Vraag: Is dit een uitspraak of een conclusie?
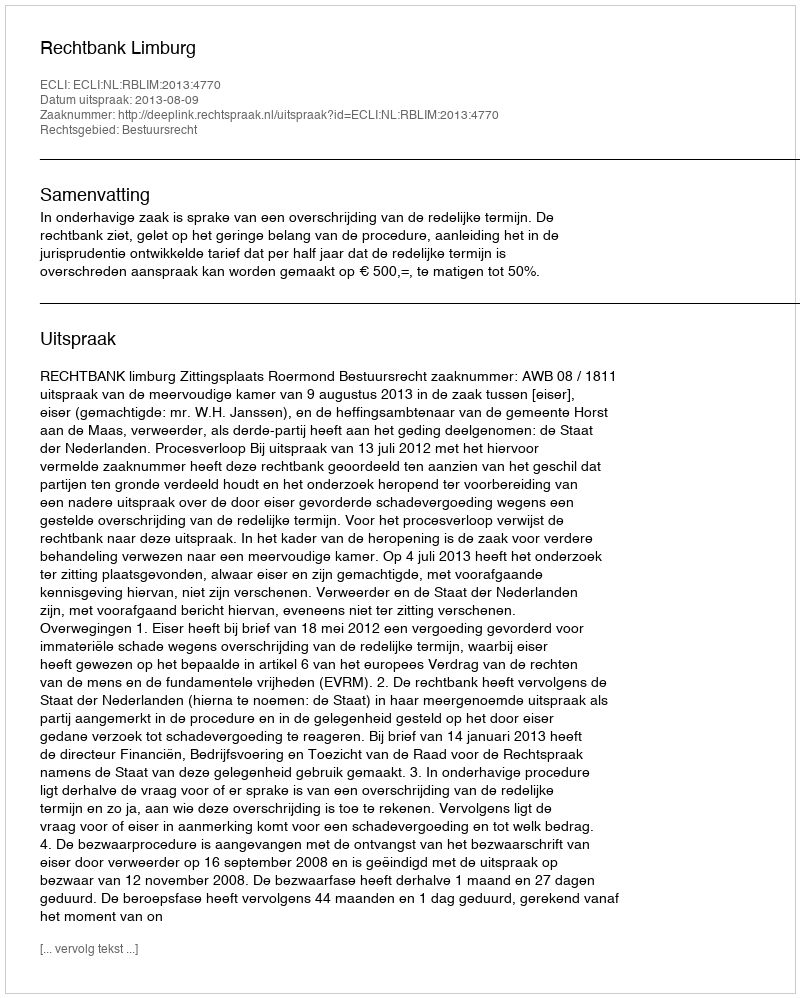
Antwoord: Uitspraak